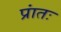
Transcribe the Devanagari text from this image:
प्रांतः